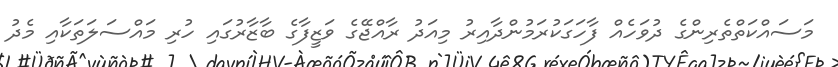
މަސައްކަތްތެރިންގެ ދުވަހެއް ފާހަގަކުރަމުންދާއިރު މިއަދު ރާއްޖޭގެ ވަޒީފާގެ ބާޒާރުގައި ހުރި މައްސަލަތަކާއި މެދު